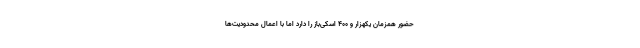
حضور همزمان یکهزار و ۴۰۰ اسکی‌باز را دارد اما با اعمال محدودیت‌ها